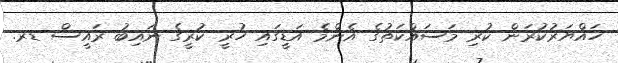
ހައްޔަރުކުރަން ކުރި މަސައްކަތުގެ އެންމެ އަޑީގައި ހުރީ ކުރީގެ ނައިބު ރައީސް ޑރ.